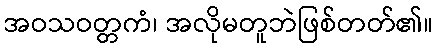
အဝသဝတ္တကံ၊ အလိုမတူဘဲဖြစ်တတ်၏။